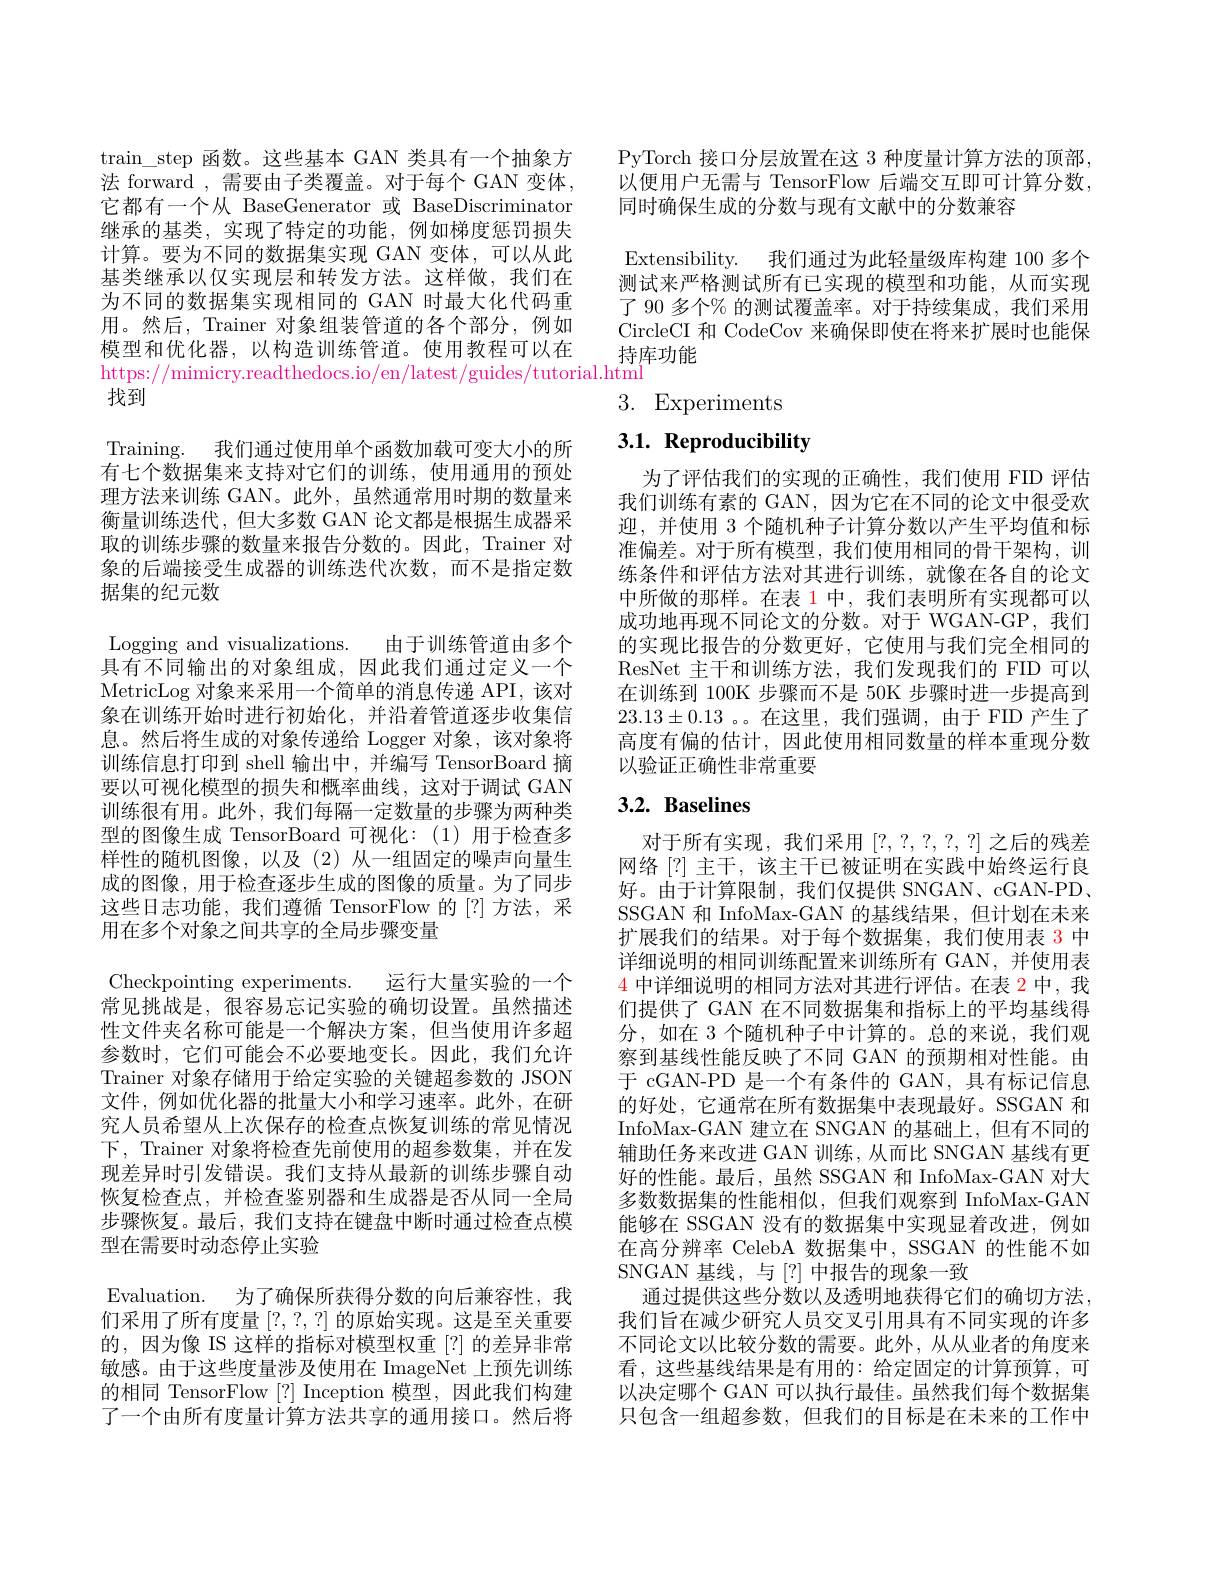
$\tan\_$step 函数。这些基本 GAN 类具有一个抽象方法 forward ,需要由子类覆盖。对于每个 GAN 变体， 它都有一个从 BaseGenerator 或 BaseDiscriminator 继承的基类，实现了特定的功能，例如梯度惩罚损失计算。要为不同的数据集实现 GAN 变体，可以从此基类继承以仅实现层和转发方法。这样做，我们在为不同的数据集实现相同的 GAN 时最大化代码重用。然后，Trainer 对象组装管道的各个部分，例如模型和优化器，以构造训练管道。使用教程可以在https://mimicry.readthedocs.io/en/latest/guides/tutorial.htmi
找到
Training. 我们通过使用单个函数加载可变大小的所有七个数据集来支持对它们的训练，使用通用的预处理方法来训练 GAN。此外，虽然通常用时期的数量来衡量训练迭代，但大多数 GAN 论文都是根据生成器采取的训练步骤的数量来报告分数的。因此，Trainer 对象的后端接受生成器的训练迭代次数，而不是指定数据集的纪元数
Logging and visualizations. 由于训练管道由多个具有不同输出的对象组成，因此我们通过定义一个MetricLog 对象来采用一个简单的消息传递 API, 该对象在训练开始时进行初始化，并沿着管道逐步收集信息。然后将生成的对象传递给 Logger 对象，该对象将训练信息打印到 shell 输出中，并编写 TensorBoard 摘要以可视化模型的损失和概率曲线，这对于调试 GAN 训练很有用。此外，我们每隔一定数量的步骤为两种类型的图像生成 TensorBoard 可视化：(1)用于检查多样性的随机图像，以及(2)从一组固定的噪声向量生成的图像，用于检查逐步生成的图像的质量。为了同步这些日志功能，我们遵循 TensorFlow 的[?]方法，采用在多个对象之间共享的全局步骤变量
Checkpointing experiments. 运行大量实验的一个常见挑战是，很容易忘记实验的确切设置。虽然描述性文件夹名称可能是一个解决方案，但当使用许多超参数时，它们可能会不必要地变长。因此，我们允许Trainer 对象存储用于给定实验的关键超参数的 JSON 文件，例如优化器的批量大小和学习速率。此外，在研究人员希望从上次保存的检查点恢复训练的常见情况下，Trainer 对象将检查先前使用的超参数集，并在发现差异时引发错误。我们支持从最新的训练步骤自动恢复检查点，并检查鉴别器和生成器是否从同一全局步骤恢复。最后，我们支持在键盘中断时通过检查点模型在需要时动态停止实验
Evaluation. 为了确保所获得分数的向后兼容性，我们采用了所有度量[?,?,?]的原始实现。这是至关重要的，因为像 IS 这样的指标对模型权重[?] 的差异非常敏感。由于这些度量涉及使用在 ImageNet 上预先训练的相同 TensorFlow [?] Inception 模型，因此我们构建了一个由所有度量计算方法共享的通用接口。然后将

PyTorch 接口分层放置在这 3 种度量计算方法的顶部， 以便用户无需与 TensorFlow 后端交互即可计算分数， 同时确保生成的分数与现有文献中的分数兼容

Extensibility. 我们通过为此轻量级库构建 100 多个测试来严格测试所有已实现的模型和功能，从而实现了 90 多个% 的测试覆盖率。对于持续集成，我们采用CircleCI 和 CodeCov 来确保即使在将来扩展时也能保持库功能

3. Experiments

# 3.1. Reproducibility

为了评估我们的实现的正确性，我们使用 FID 评估我们训练有素的 GAN,因为它在不同的论文中很受欢迎，并使用 3 个随机种子计算分数以产生平均值和标准偏差。对于所有模型，我们使用相同的骨干架构，训练条件和评估方法对其进行训练，就像在各自的论文中所做的那样。在表 1 中，我们表明所有实现都可以成功地再现不同论文的分数。对于 WGAN-GP, 我们的实现比报告的分数更好，它使用与我们完全相同的ResNet 主干和训练方法，我们发现我们的 FID 可以在训练到 100K 步骤而不是 50K 步骤时进一步提高到$23.13\pm0.13$ 。在这里，我们强调，由于 FID 产生了高度有偏的估计，因此使用相同数量的样本重现分数以验证正确性非常重要

# $3. 2. \textbf{ Baselines}$

对于所有实现，我们采用[?,?,?,?,?]之后的残差网络[?] 主干，该主干已被证明在实践中始终运行良好。由于计算限制，我们仅提供 SNGAN、cGAN-PD、 SSGAN 和 InfoMax-GAN 的基线结果，但计划在未来扩展我们的结果。对于每个数据集，我们使用表 3 中详细说明的相同训练配置来训练所有 GAN,并使用表$\color{red}{4\text{ 中详细说明的相同方法对其进行评估。在表 2 中，我}}$ 们提供了 GAN 在不同数据集和指标上的平均基线得分，如在 3 个随机种子中计算的。总的来说，我们观察到基线性能反映了不同 GAN 的预期相对性能。由于 cGAN-PD 是一个有条件的 GAN, 具有标记信息的好处，它通常在所有数据集中表现最好。SSGAN 和InfoMax-GAN 建立在 SNGAN 的基础上，但有不同的辅助任务来改进 GAN 训练，从而比 SNGAN 基线有更好的性能。最后，虽然 SSGAN 和 InfoMax-GAN 对大多数数据集的性能相似，但我们观察到 InfoMax-GAN 能够在 SSGAN 没有的数据集中实现显着改进，例如在高分辨率 CelebA 数据集中，SSGAN 的性能不如SNGAN 基线，与[?] 中报告的现象一致
通过提供这些分数以及透明地获得它们的确切方法， 我们旨在减少研究人员交叉引用具有不同实现的许多不同论文以比较分数的需要。此外，从从业者的角度来看，这些基线结果是有用的：给定固定的计算预算，可以决定哪个 GAN 可以执行最佳。虽然我们每个数据集只包含一组超参数，但我们的目标是在未来的工作中